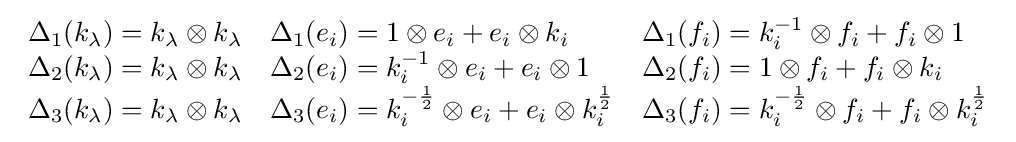
{\begin{array}{lll}\Delta _{1}(k_{\lambda })=k_{\lambda }\otimes k_{\lambda }&\Delta _{1}(e_{i})=1\otimes e_{i}+e_{i}\otimes k_{i}&\Delta _{1}(f_{i})=k_{i}^{-1}\otimes f_{i}+f_{i}\otimes 1\\\Delta _{2}(k_{\lambda })=k_{\lambda }\otimes k_{\lambda }&\Delta _{2}(e_{i})=k_{i}^{-1}\otimes e_{i}+e_{i}\otimes 1&\Delta _{2}(f_{i})=1\otimes f_{i}+f_{i}\otimes k_{i}\\\Delta _{3}(k_{\lambda })=k_{\lambda }\otimes k_{\lambda }&\Delta _{3}(e_{i})=k_{i}^{-{\frac {1}{2}}}\otimes e_{i}+e_{i}\otimes k_{i}^{\frac {1}{2}}&\Delta _{3}(f_{i})=k_{i}^{-{\frac {1}{2}}}\otimes f_{i}+f_{i}\otimes k_{i}^{\frac {1}{2}}\end{array}}